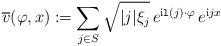
LaTeX: \begin{align*}\overline{v}(\varphi, x):=\sum_{j\in S} \sqrt{\lvert j \rvert \xi_j}\,e^{\mathrm{i} \mathtt{l}(j)\cdot \varphi}\,e^{\mathrm{i} j x}\end{align*}